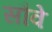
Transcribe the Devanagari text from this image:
सौवे